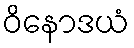
ဝိနောဒယံ